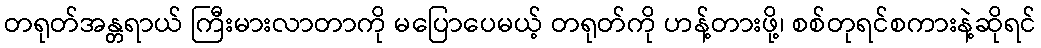
တရုတ်အန္တရာယ် ကြီးမားလာတာကို မပြောပေမယ့် တရုတ်ကို ဟန့်တားဖို့၊ စစ်တုရင်စကားနဲ့ဆိုရင်